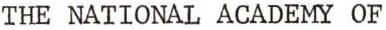
THE NATIONAL ACADEMY OF